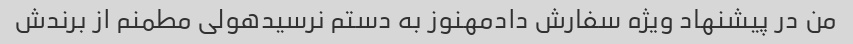
من در پیشنهاد ویژه سفارش دادمهنوز به دستم نرسیدهولی مطمنم از برندش